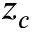
z _ { c }